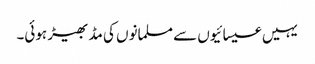
یہیں عیسائیوں سے مسلمانوں کی مڈ بھیڑ ہوئی۔